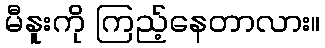
မီနူးကို ကြည့်နေတာလား။